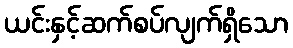
ယင်းနှင့်ဆက်စပ်လျက်ရှိသော